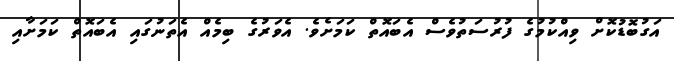
އަގުބޮޑުކޮށް ވިއްކުމުގެ ފުރުސަތުވެސް އެބައޮތް ކަމަށެވެ. އެވަރުގެ ބިމެއް އެތަނުގައި އެބައޮތް ކަމަށާއި